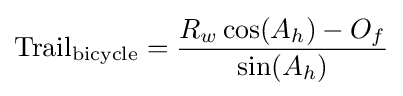
{\text{Trail}}_{\text{bicycle}}={\frac {R_{w}\cos(A_{h})-O_{f}}{\sin(A_{h})}}